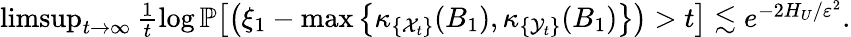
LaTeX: \begin{array}{r}{\operatorname*{limsup}_{t\to\infty}\frac{1}{t}\log\mathbb{P}\big[\big(\xi_{1}-\operatorname*{max}\big\{ \kappa_{\{ {\mathcal X}_{t}\} }(B_{1}),\kappa_{\{ {\mathcal Y}_{t}\} }(B_{1})\big\} \big)>t\big]\lesssim e^{-2H_{U}/\varepsilon^{2}}.}\end{array}